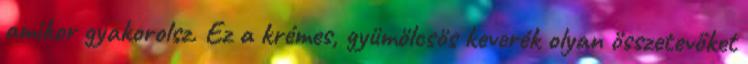
amikor gyakorolsz. Ez a krémes, gyümölcsös keverék olyan összetevőket